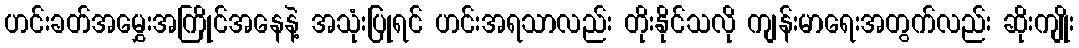
ဟင်းခတ်အမွှေးအကြိုင်အနေနဲ့ အသုံးပြုရင် ဟင်းအရသာလည်း တိုးနိုင်သလို ကျန်းမာရေးအတွက်လည်း ဆိုးကျိုး